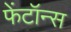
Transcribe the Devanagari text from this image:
फेंटॉन्स